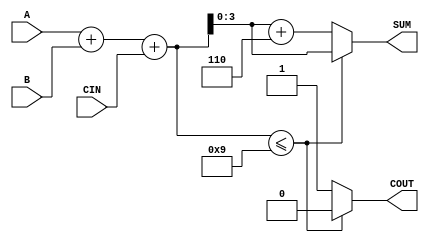
module BCD_Conditional_Adder (
    input  [3:0] A,      // First BCD digit input
    input  [3:0] B,      // Second BCD digit input
    input        CIN,     // Carry input
    output reg [3:0] SUM, // BCD result of the addition
    output reg COUT       // Carry output
);

    wire [4:0] S;        // 5-bit wire to hold the binary sum

    // Step 1: Perform binary addition
    assign S = A + B + CIN;

    // Step 2: BCD Correction
    always @(*) begin
        if (S <= 9) begin
            SUM = S[3:0]; // Valid BCD, no correction needed
            COUT = 1'b0;  // No carry out
        end else begin
            SUM = S[3:0] + 4'b0110; // Add 6 to correct
            COUT = 1'b1;             // Carry out
        end
    end

endmodule